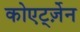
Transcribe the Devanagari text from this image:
कोएर्ट्ज़ेन